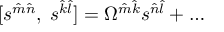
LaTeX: [ s ^ { \hat { m } \hat { n } } , \; s ^ { \hat { k } \hat { l } } ] = \Omega ^ { \hat { m } \hat { k } } s ^ { \hat { n } \hat { l } } + \dots